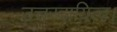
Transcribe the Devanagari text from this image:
उत्तरदायित्व।